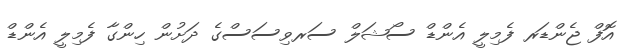
އޮފް ޖެންޑަރ ފެމިލީ އެންޑް ސޯޝަލް ސަރވިސަސްގެ ދަށުން ހިންގާ ފެމިލީ އެންޑް